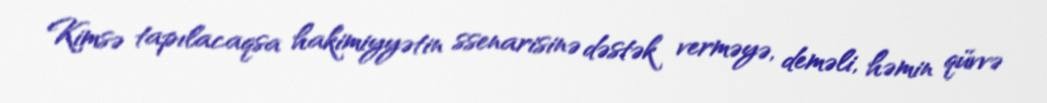
Kimsə tapılacaqsa hakimiyyətin ssenarisinə dəstək verməyə, deməli, həmin qüvvə